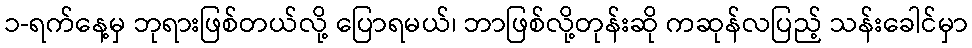
၁-ရက်နေ့မှ ဘုရားဖြစ်တယ်လို့ ပြောရမယ်၊ ဘာဖြစ်လို့တုန်းဆို ကဆုန်လပြည့် သန်းခေါင်မှာ